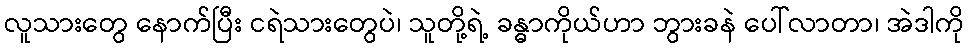
လူသားတွေ နောက်ပြီး ငရဲသားတွေပဲ၊ သူတို့ရဲ့ ခန္ဓာကိုယ်ဟာ ဘွားခနဲ ပေါ်လာတာ၊ အဲဒါကို